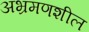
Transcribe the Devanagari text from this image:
अभ्रमणशील